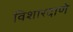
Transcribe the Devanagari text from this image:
विशारदाणे